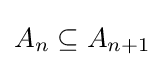
A_{n}\subseteq A_{n+1}